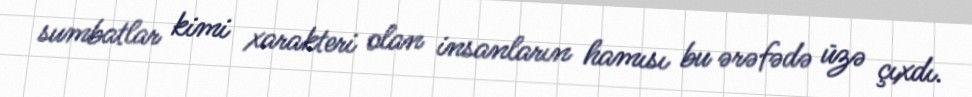
sumbatlar kimi xarakteri olan insanların hamısı bu ərəfədə üzə çıxdı.